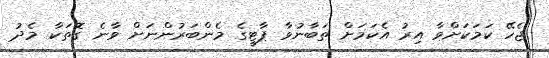
ޖެހޭ ކަމަކަށްވާ އިރު އެކަމަށް ތަބާނުވާ ޕާޓީގެ މެންބަރުންނަށް ވާނެ ގޮތަކާ މެދު